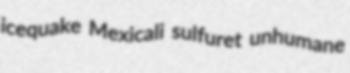
icequake Mexicali sulfuret unhumane